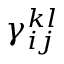
\gamma _ { i j } ^ { k l }